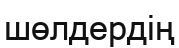
шөлдердің